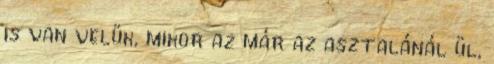
is van velük, mikor az már az asztalánál ül,